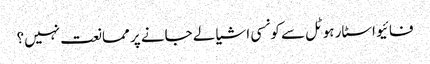
فائیو اسٹار ہوٹل سے کونسی اشیا لے جانے پر ممانعت نہیں؟